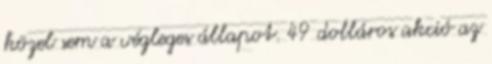
közel sem a végleges állapot. 49 dolláros akció az